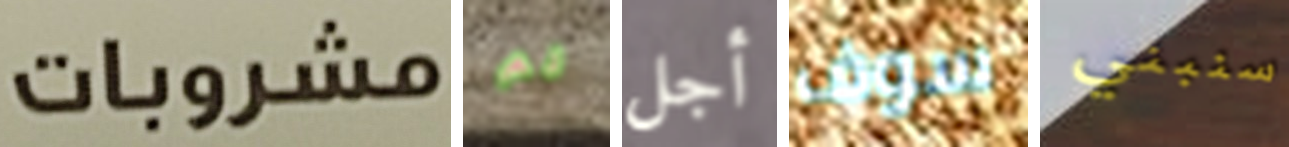
مشروبات لم أجل سوف سنبني